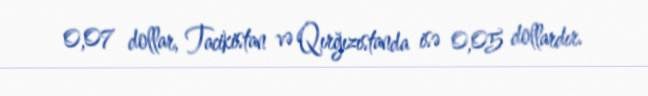
0,07 dollar, Tacikistan və Qırğızıstanda isə 0,05 dollardır.